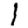
Digit: 1